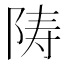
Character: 陦